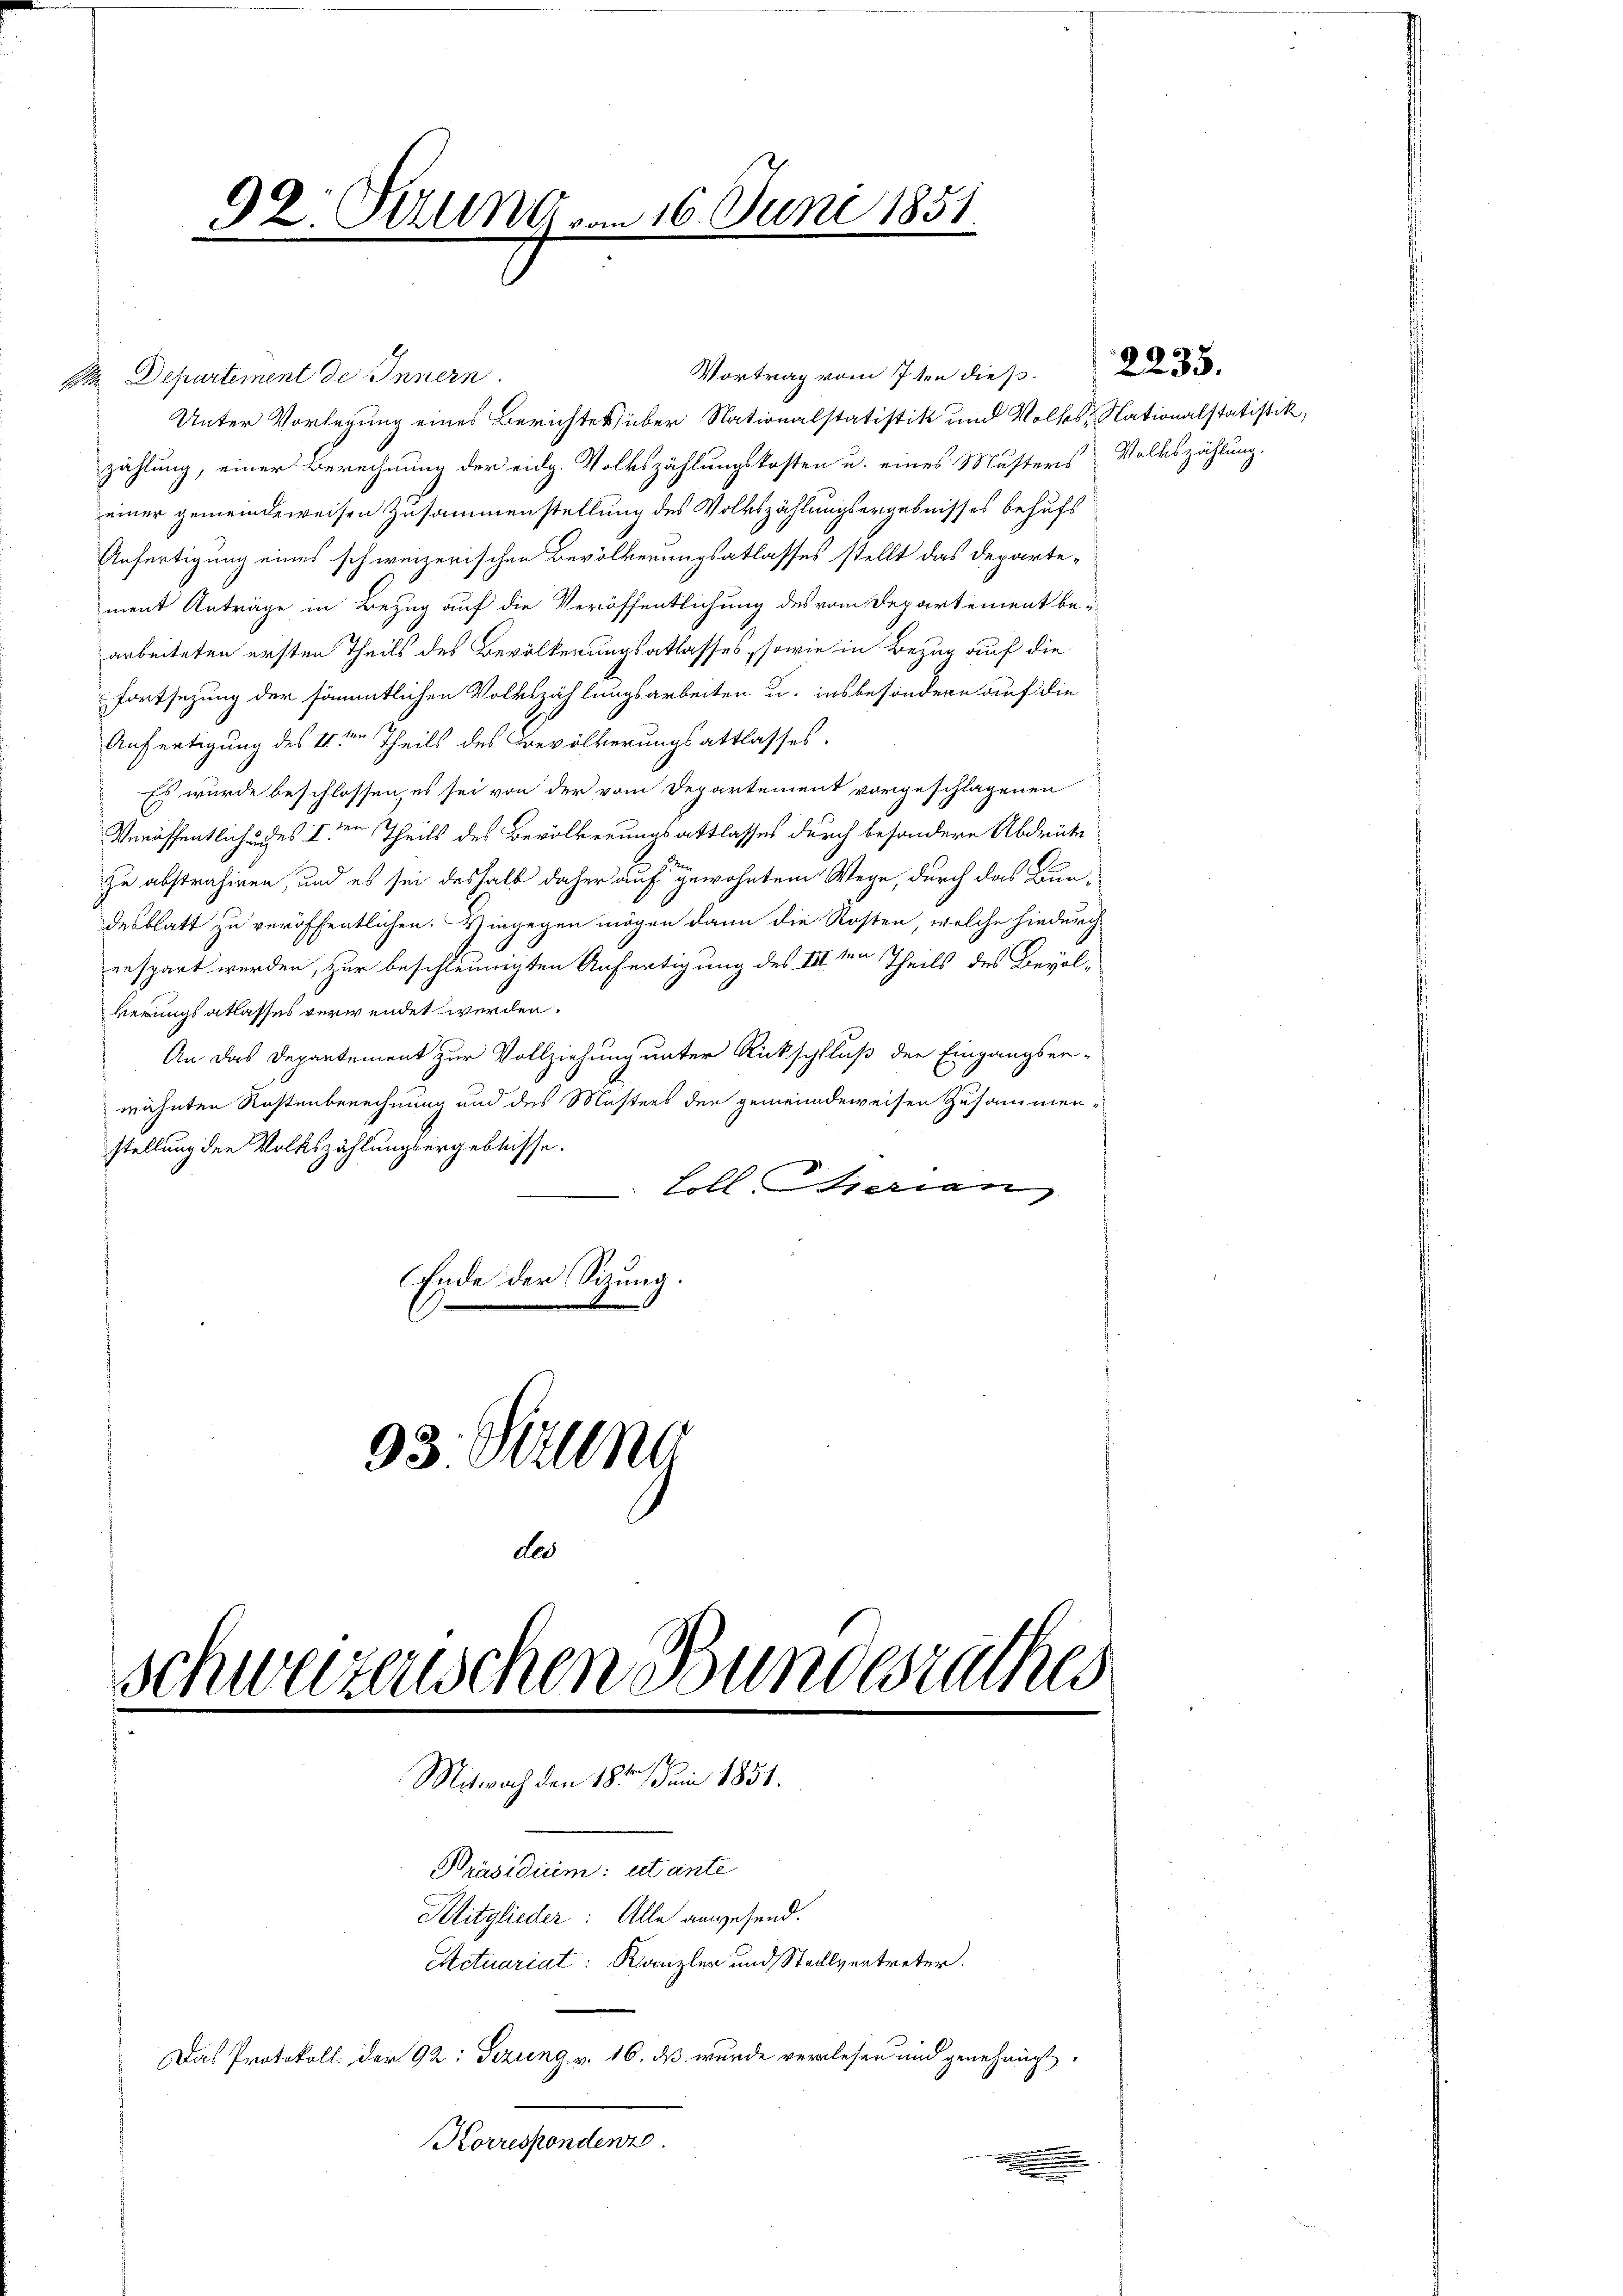
2 Departement de Innern.
Unter Vorlegung eines Berichtes, über Nationalstatistik und Volkes, Nationalstatistik,
zahlung, einer Berechnung der eidg. Volkszählungskosten u. eines Musters Volkszählung.
einer gemeindeweisen Zusammenstellung des Volkszählungsergebnisses behufs
Anfertigung eines schweizerischen Bevölkerungsatlasses stellt das Departe-
ment Anträge in Bezug auf die Veröffentlichung des vom Departement be-
arbeiteten ersten Theils des Bevölkerungsatlasses, sowie in Bezug auf die
Fortsetzung der sämmtlichen Volkszählungsarbeiten u. insbesondere auf die
Anfertigung des IIten Theils des Bevölkerungsattlasses.
Es wurde beschlossen, es sei von der vom Departement vorgeschlagenen
Veröffentlichundes Iden Theils des Bevölkerungsattlasses durch besondere Abdrüke
zu abstrahiren, und es sei deshalb daher auf gewohntem Wege, durch das Bundesblatt zu veröffentlichen. Hingegen mögen dann die Kosten, welche hiedurch
erspart werden, zur beschleunigten Anfertigung des III. ten Theils des Bevölkerungs atlasses verwendet werden.
An das Departement zur Vollziehung unter Rückschluß der Eingangser-
wähnten Rechtenberechnung und des Mustens den gemeindeweisen Zusammen-
stellung der Volkszählungsergebnisse.
Loll Serien,
Ende der Sitzung.
93. Suln

92. Stund
.
.

der
schweizenschen Bundesrathes
Mitwoch den 18te͇n Juni 1851.
Präsidium: utante
Slitglieder: Alle anwesend.
Actuariat: Kanzler und Stellvertreter.
Das Protokoll der 92: Gezung v. 16. ds wurde verlesen und genehmigt.

Korrespondenze

16. Juni 1851

Vortrag vom 7ten dieß.

e
.

2235.